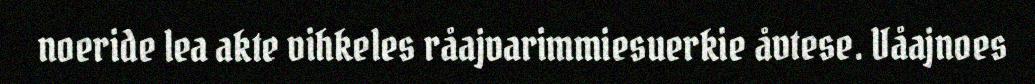
noeride lea akte vihkeles råajvarimmiesuerkie åvtese. Våajnoes